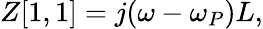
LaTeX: Z[1,1]=j(\omega-\omega_{P})L,